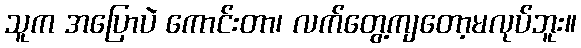
သူက အပြောပဲ ကောင်းတာ၊ လက်တွေ့ကျတော့မလုပ်ဘူး။